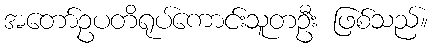
အတော်ဥပတိရုပ်ကောင်းသူတဦး ဖြစ်သည်။